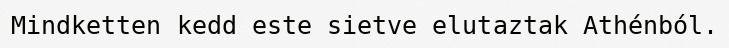
Mindketten kedd este sietve elutaztak Athénból.